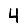
Digit: 4